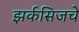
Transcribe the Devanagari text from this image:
झर्कसिजचे